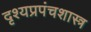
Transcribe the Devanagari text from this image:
दृश्यप्रपंचशास्त्र